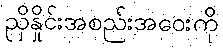
ညှိနှိုင်းအစည်းအဝေးကို